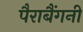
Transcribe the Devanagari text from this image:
पैराबैंगनी